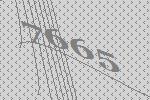
7665